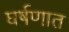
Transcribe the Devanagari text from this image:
घर्षणात